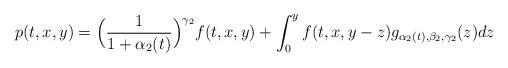
LaTeX: \begin{align*}p(t,x,y)=\Big (\frac{1}{1+\alpha_2(t)} \Big)^{\gamma_2} f(t,x,y)+ \int_0^y f(t,x,y-z) g_{\alpha_2(t),\beta_2,\gamma_2}(z)dz\end{align*}